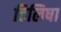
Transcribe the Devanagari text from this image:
हिलिषा